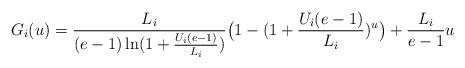
LaTeX: \begin{align*}G_i(u)&=\frac{L_i}{(e-1)\ln(1+\frac{U_i(e-1)}{L_i})}\big(1-(1+\frac{U_i(e-1)}{L_i})^u\big)+\frac{L_i}{e-1}u\end{align*}